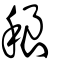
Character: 稂